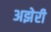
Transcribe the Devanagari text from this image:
अझेरी